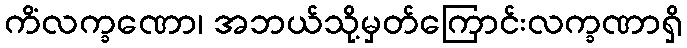
ကိံလက္ခဏော၊ အဘယ်သို့မှတ်ကြောင်းလက္ခဏာရှိ